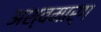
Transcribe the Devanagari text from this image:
अश्वमार्ग